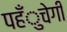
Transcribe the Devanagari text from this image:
पहँुचेगी